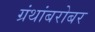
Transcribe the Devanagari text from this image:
ग्रंथांबरोबर